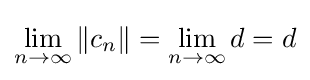
\lim _{n\to \infty }\left\|c_{n}\right\|=\lim _{n\to \infty }d=d